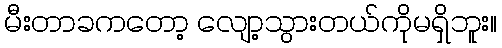
မီးတာခကတော့ လျော့သွားတယ်ကိုမရှိဘူး။